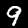
Digit: 9